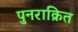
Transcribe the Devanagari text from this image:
पुनराक्रित